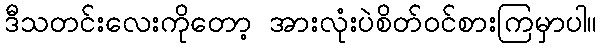
ဒီသတင်းလေးကိုတော့ အားလုံးပဲစိတ်ဝင်စားကြမှာပါ။